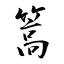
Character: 篙